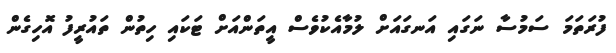
ފުރަތަމަ ސަމުސާ ނަގައި އަނގައަށް ލުމާއެކުވެސް އީތަންއަށް ޓަކައި ހިތުން ތައުރީފު އޮހިގެން